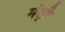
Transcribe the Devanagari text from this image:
मंड़ी